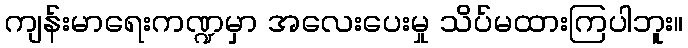
ကျန်းမာရေးကဏ္ဍမှာ အလေးပေးမှု သိပ်မထားကြပါဘူး။